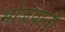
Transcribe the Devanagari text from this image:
भोजवानी